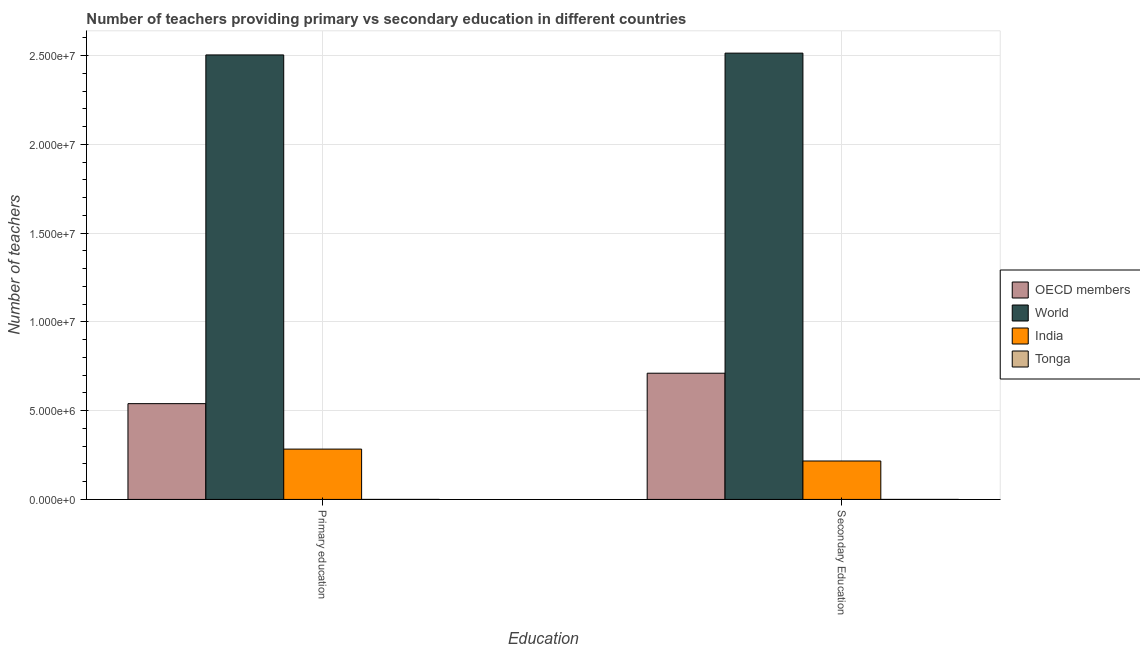
| Education | OECD members | World | India | Tonga |
 | --- | --- | --- | --- | --- |
 | Primary education | 5.4e+06 | 2.5e+07 | 2.84e+06 | 823 |
 | Secondary Education | 7.11e+06 | 2.51e+07 | 2.16e+06 | 1.02e+03 |